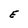
Character: E